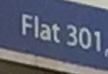
flat